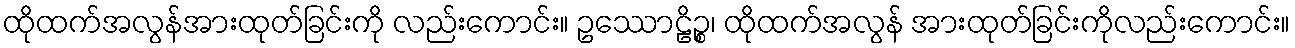
ထိုထက်အလွန်အားထုတ်ခြင်းကို လည်းကောင်း။ ဥဿောဠိဉ္စ၊ ထိုထက်အလွန် အားထုတ်ခြင်းကိုလည်းကောင်း။